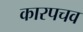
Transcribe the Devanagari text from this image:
कारपचव